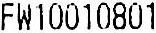
FW10010801